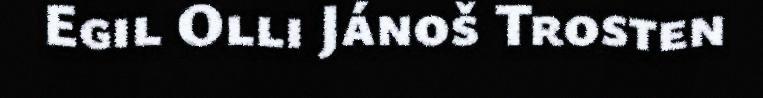
Egil Olli Jánoš Trosten